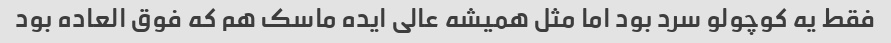
فقط یه کوچولو سرد بود اما مثل همیشه عالی ایده ماسک هم که فوق العاده بود